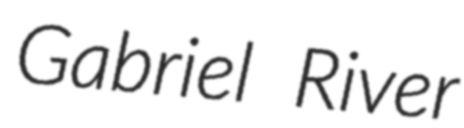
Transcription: Gabriel River